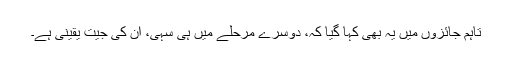
تاہم جائزوں میں یہ بھی کہا گیا کہ، دوسرے مرحلے میں ہی سہی، ان کی جیت یقینی ہے۔